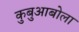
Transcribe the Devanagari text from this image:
कुबुआबोला